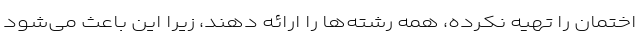
اختمان را تهیه نکرده، همه رشته‌ها را ارائه دهند، زیرا این باعث می‌شود